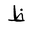
Letter: _za